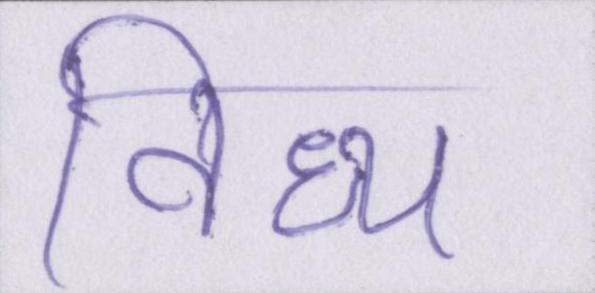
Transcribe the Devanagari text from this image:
विंध्य